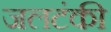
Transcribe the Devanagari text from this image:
जलटंकी